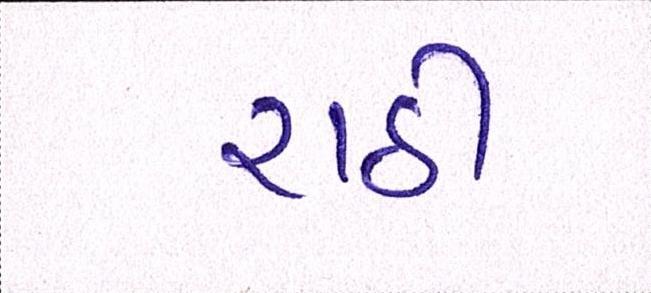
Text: રાઠી